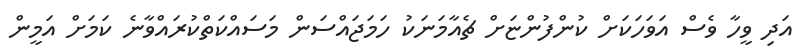
އަދި ވީހާ ވެސް އަވަހަކަށް ކުންފުންޏަށް ޗެއާމަނަކު ހަމަޖައްސަން މަސައްކަތްކުރައްވާނެ ކަމަށް އަމީން